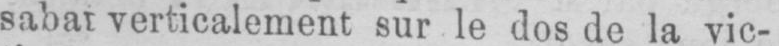
verticalement sur le dos de la vic-